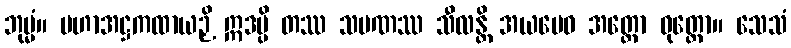
ဘုမ္မံ။ မဟာအဋ္ဌကထာယဉှိ ဣဒမ္ပိ တဿ သမဏဿ သီလန္တိ အယမေဝ အတ္ထော ဝုတ္တော။ သေသံ